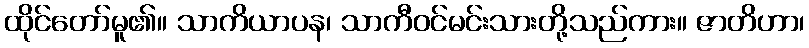
ထိုင်တော်မူ၏။ သာကိယာပန၊ သာကီဝင်မင်းသားတို့သည်ကား။ ဇာတိဟာ၊